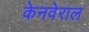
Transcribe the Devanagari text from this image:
केनवेराल